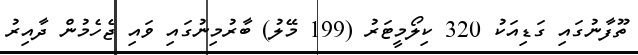
ތޫފާނުގައި ގަޑިއަކު 320 ކިލޯމީޓަރު (199 މޭލު) ބާރުމިނުގައި ވައި ޖެހެމުން ދާއިރު